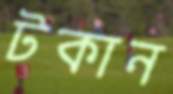
টকান